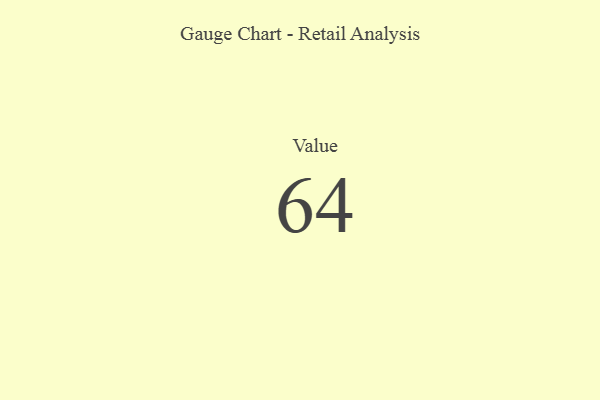
{"axis": {"x": "Metric", "y": "Value"}, "legend": [""], "data": [{"x": "Value", "y": 64, "type": ""}]}